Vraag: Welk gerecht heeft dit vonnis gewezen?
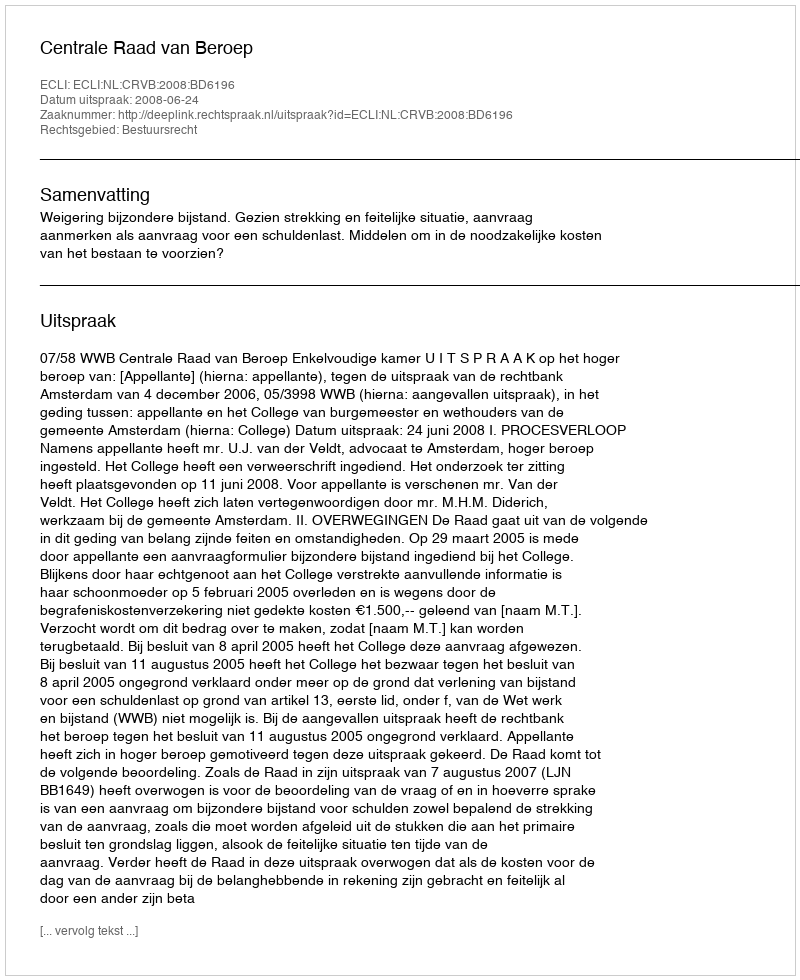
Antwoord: Centrale Raad van Beroep